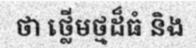
ថា ថ្លើមថ្មដ៏ធំ និង